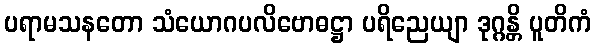
ပရာမသနတော သံယောဂပလိဗောဓဋ္ဌာ ပရိညေယျာ ဒုဂ္ဂန္တိ ပူတိကံ